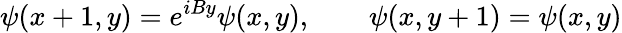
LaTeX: \psi(x+1,y)=e^{iBy}\psi(x,y),\qquad\psi(x,y+1)=\psi(x,y)